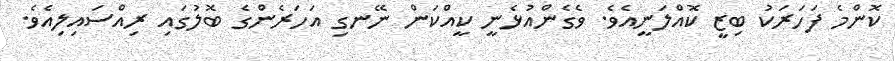
ކޮންމެ ފަހަރަކު ބިޒީ ކޮއްލަނީއެވެ. ވެގެންއުޅެނީ ކީއްކަން ނޭނގި އަހަރެންގެ ބޮލުގައި ރިއްސައިލިއެވެ.